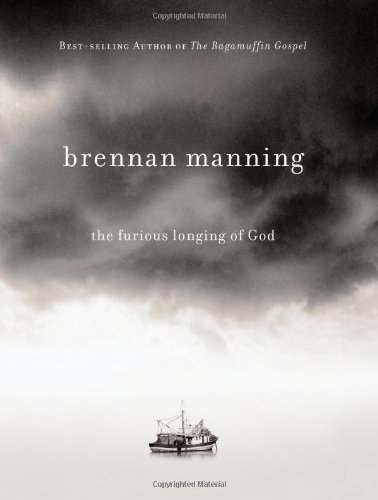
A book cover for The Furious Longing of God; Brennan Manning; Christian Books & Bibles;